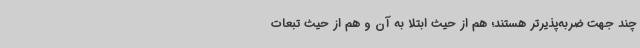
چند جهت ضربه‌پذیرتر هستند؛ هم از حیث ابتلا به آن و هم از حیث تبعات